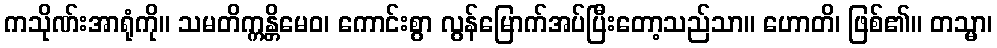
ကသိုဏ်းအာရုံကို။ သမတိက္ကန္တိမေဝ၊ ကောင်းစွာ လွန်မြောက်အပ်ပြီးတော့သည်သာ။ ဟောတိ၊ ဖြစ်၏။ တသ္မာ၊